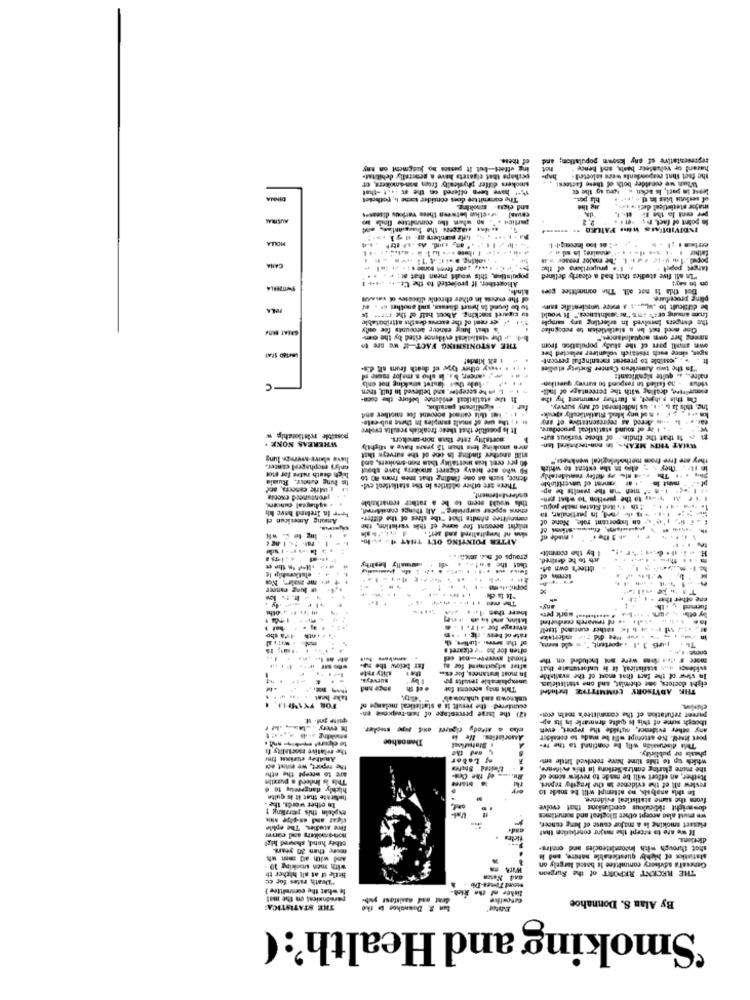
of these
representative of any ksown population;
ing effect-but It passes no judgment on any
hazend or volunteer basis, and hence "
ihope that elaarets have a generally debilitat-
the fact that respondents were selected .
1% ** have been offered on the at ... t-that
smokers efter physically from non-smokers, of
When we consider both of these factors:
DENMA
The committee does consider toche I ., potholes
hla pot.
of serious bias be a .-....
and elena. smoking
lig the
major statistical dedi + um,
AUSTRA
enung] welke between these various diseases
le point of fact, Ps .. .
.--- the ......
parties .", so whwn the commitite linde 3
2.3
INDIVIDUALS Wins FAILED .. . omem!
poral. 14 Mele FF'+ 1. The major resser was
CANA
+ 1'4 pruportions of the
target popel
population, this would mean that : . . . .
"In all five studies that bad a clearly defined
Allogttber. If projected to the Ct .. .. ... ++ 1
Linda
Dal this is not all. The committee goes
of the exevss in other thronle diseases of wand
pling procedure.
to be found in heart disease, and another . . 44
be difficult to ...... t a more woscientific sam-
1 .. . er rent of the excrues deaths attributable
tu cigaret soscking. About, half of the ( ***** 1x
the dangers lavolved In erlerting ary sample
frum amung ceo's ;as "newulniinces." It would
's that lung cancer accounts fee endly
One moed hof bn & statisticien to recognise
brdi ... the statisticsl evidence cited by the com-
ameng her own moquaintsnors."
THE ASTONISHING FACT-If we are to
own small part of the study populatie from
1 BN kimde!
It . . . csalble to present meaningful percent-
ager, since each research volunteer selected ber
wwwxy other types of death from all dis-
"In the two Aznerieun Canter Society studier
.Acer, bu. in sho a major mere Mf
nadre .. a. quite significant:
. . tole thes lautet wwwking not only
-1.Like accepter, and belleved in full then
conorittre, dealing with the percentage of indl-
Vidua : 20 failed to respond to survey querthan-
the stalletleal evidence before the buch-
Da this suhyret, a further comment hyy the
. significest paradox,
Ing. this is &. . . 1. us indicimeat of any survey.
11 . 14 this cantant sopoint for suother and
the use of smalt samples In Diese sub-este-
. hol ony kled. Statistically ajewk-
It is possibile that thesc freakich resulta twelve
. . . ar of sound statistical procedure.
possible relationship
mortality rate than non-sanckers.
11 that the findin- of these vorsous sur-
WHEREAS NOKK .
men snouking less than 15 years have a slightly
WHAT THIS MEANS, In non-technical lan-
lave slave -wereze lung
60 pre cent leis wertality than non-solvers, and
Elll another finding in one of the surveys that
they are free from methodelogical weakness."
eniyi esophageal cinter.
FO who ace heavy cigaret smokres have about
in It . They > > also in the extens to which
Im lung cutter. Rumia
high death rates for ever
fence, such as one finding that men from 80 to
1 Th -4 - a Miley medderally
There are other odtitles In the statkutseol evi-
e Tment of unverifiable
milit in-
- I-n- men - the results be ap-
. frohitunesd enotig
colerst-tement.
Ml wessa to the gestion 10 what pen-
enes uppeer warprising" Als things considered,
this would seem to be a rather remarkable
$th #'s led Flates mesle popu-
Among Amesicun cl
heer in Ireland have Ich
conseiltter afelts that "the staes of the differ-
W. I'6", th truportent role, None
mlicht account for some of this variation, the
Ing lo & #
AFTER POINTING OUT THAT I. P.I.
sian of lupitalized and ser? .
i made of
+
groups of Des. Ich .
ach to be desired
I by the comeitt-
usually healthy
itler's own af.
elsticeship Ie
u Jung caneer
"It is che
e ather ther
furmund +
latino, and is in . nej
sesiditisat work per
.1al . .. of research cadutied
Iva tho
rate of how. ce. . ..
often for he He etgaret #
more F ites doms were a Included on the
far below the new
after adjustment for N
evidence ... s statistical, it is unforumate that
surveys.
ulity rate
unexplainable results po
In most instances, boe ex.
In sirve of the fact that most of the avaliable
This may account for
THE ADVISORY COMMITTEE Included
eight doctors, one chemist, and one statistielas.
unknown and unknow a\'
TOR TY1NHIA,
countered- the yerult is a statistical melange of
quite pol. It.
421 the large percentage of Mo-response en-
pareet refutation of the committee's main enn-
theeth sonte of this is quite dirnmarle in its ap-
any other evidence, matilde the report, even
Dennahoe
Association. Ne in
port Itself. No attempt wll be made to cokalder
The relative nanetality fa
Thlla diseunalon will be cnntined to the The
Andthey etirinn fine
of Labor
which tip to this time have received little em
phasis or publicity.
the mport, we must aci
the more glaring contra dietions in this evidence,
This is Indeed & purziin
are to mecept the nthe
of the Ces-
Rather, an effort will be nasde to review some of
highly dangerous 10 @
In this anabals, no attempt will be made to
review all of the evidence in the lengthy report.
funerale that it is quite
frons the same statistical evidence.
In other words, the .
explain this perring 1
dos wicht ridiculous conclusions that evolve
we must also accept other Eloglest and sometimes
live stelles. The ophile
If we are to accept the majer coneloscion that
Glasset smoking is a major cause of kong cancer,
dictioet.
other hand, shoved hig
more than 30 years.
shot through with Inconsistencies and ormira-
and with al men us
statistics of highly questkeable nature, and Me
with men smoking 30 :
THE RECENT REPORT of the Surgeon
General's advisory committee is based largely on
"Death rates for eu
little if at all higher th
and Newca
is what the committee }
lither of the kich-
-om Times-De
paradoxical on The mal
By Alan S. Donnahoe
THE STATISTICAL
bun 8. Dounchos in the
Editor'
'Smoking and Health':(